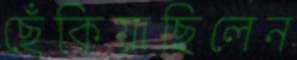
ছেঁকিয়াছিলেন